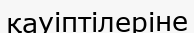
қауіптілеріне